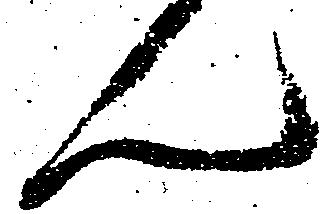
ん